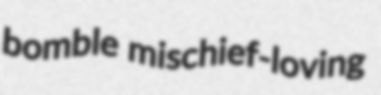
bomble mischief-loving